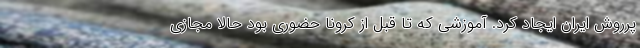
پرروش ایران ایجاد کرد. آموزشی که تا قبل از کرونا حضوری بود حالا مجازی